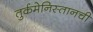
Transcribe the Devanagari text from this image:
तुर्कमेनिस्तानची